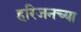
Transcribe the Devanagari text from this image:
हरिजनच्या